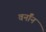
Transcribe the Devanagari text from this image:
वर्नॉन